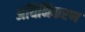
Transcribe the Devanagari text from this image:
अधिनिकरण